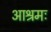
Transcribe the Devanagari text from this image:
आश्रमः